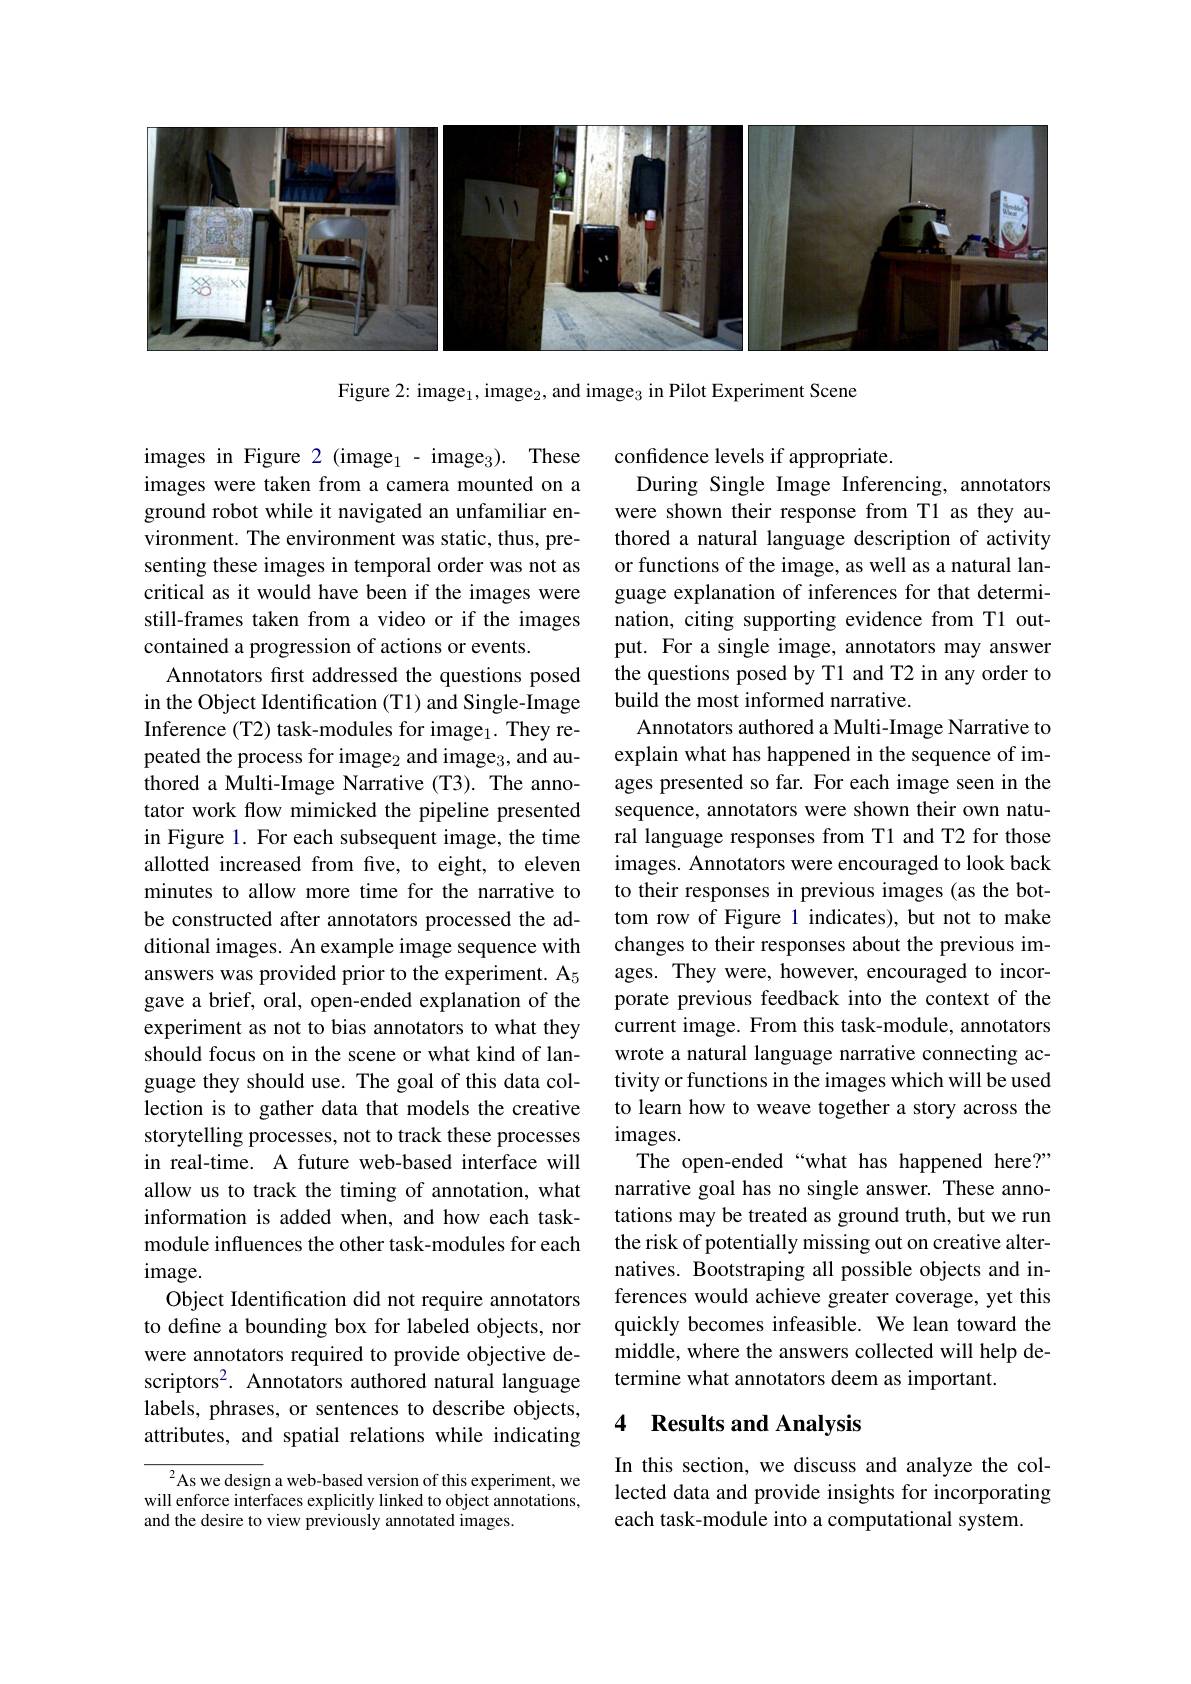
<FigureHere>

Figure 2: image$_1$,image$_2$,and image$_3$ in Pilot Experiment Scene

confidence levels if appropriate.
During Single Image Inferencing, annotators were shown their response from T1 as they authored a natural language description of activity or functions of the image, as well as a natural language explanation of inferences for that determination, citing supporting evidence from T1 output. For a single image, annotators may answer the questions posed by T1 and T2 in any order to build the most informed narrative.
Annotators authored a Multi-Image Narrative to explain what has happened in the sequence of images presented so far. For each image seen in the sequence, annotators were shown their own natural language responses from T1 and T2 for those images. Annotators were encouraged to look back to their responses in previous images (as the bottom row of Figure 1 indicates), but not to make changes to their responses about the previous images. They were, however, encouraged to incorporate previous feedback into the context of the current image. From this task-module, annotators wrote a natural language narrative connecting activity or functions in the images which will be used to learn how to weave together a story across the $images.$
The open-ended“what has happened here?” narrative goal has no single answer. These annotations may be treated as ground truth, but we run the risk of potentially missing out on creative alternatives. Bootstraping all possible objects and inferences would achieve greater coverage, yet this quickly becomes infeasible. We lean toward the middle, where the answers collected will help determine what annotators deem as important.

images in Figure 2 (image$_1$- image$_3) .$ These images were taken from a camera mounted on a ground robot while it navigated an unfamiliar environment. The environment was static, thus, presenting these images in temporal order was not as critical as it would have been if the images were still-frames taken from a video or if the images contained a progression of actions or events.
Annotators first addressed the questions posed in the Object Identification (T1) and Single-Image Inference (T2) task-modules for image$_1.$ They repeated the process for image$_2$ and image$_3$, and authored a Multi-Image Narrative (T3). The annotator work flow mimicked the pipeline presented in Figure 1. For each subsequent image, the time allotted increased from five, to eight, to eleven minutes to allow more time for the narrative to be constructed after annotators processed the additional images. An example image sequence with answers was provided prior to the experiment. A$_5$ gave a brief, oral, open-ended explanation of the experiment as not to bias annotators to what they should focus on in the scene or what kind of language they should use. The goal of this data collection is to gather data that models the creative storytelling processes, not to track these processes in real-time. A future web-based interface will allow us to track the timing of annotation, what information is added when, and how each taskmodule influences the other task-modules for each image.
Object Identification did not require annotators to define a bounding box for labeled objects, nor were annotators required to provide objective descriptors$^{2}.$ Annotators authored natural language labels, phrases, or sentences to describe objects, attributes, and spatial relations while indicating
$^{2}$As we design a web-based version of this experiment, we

## 4 Results and Analysis

In this section, we discuss and analyze the collected data and provide insights for incorporating each task-module into a computational system.

will enforce interfaces explicitly linked to object annotations,
and the desire to view previously annotated images.